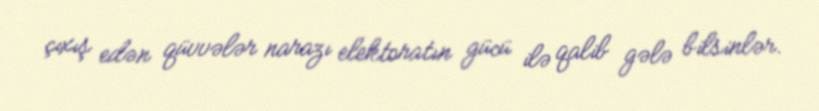
çıxış edən qüvvələr narazı elektoratın gücü ilə qalib gələ bilsinlər.